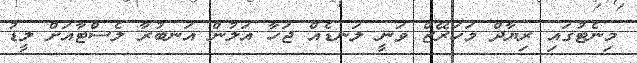
މިނެޓުގައި ރިޔާދް މަހަރޭޒް ވަނީ ލަނޑެއް ޖަހާ އަލުން އަނބުރާ ލެސްޓާއަށް ލީޑު